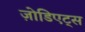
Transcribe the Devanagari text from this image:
ज़ोडिएट्स